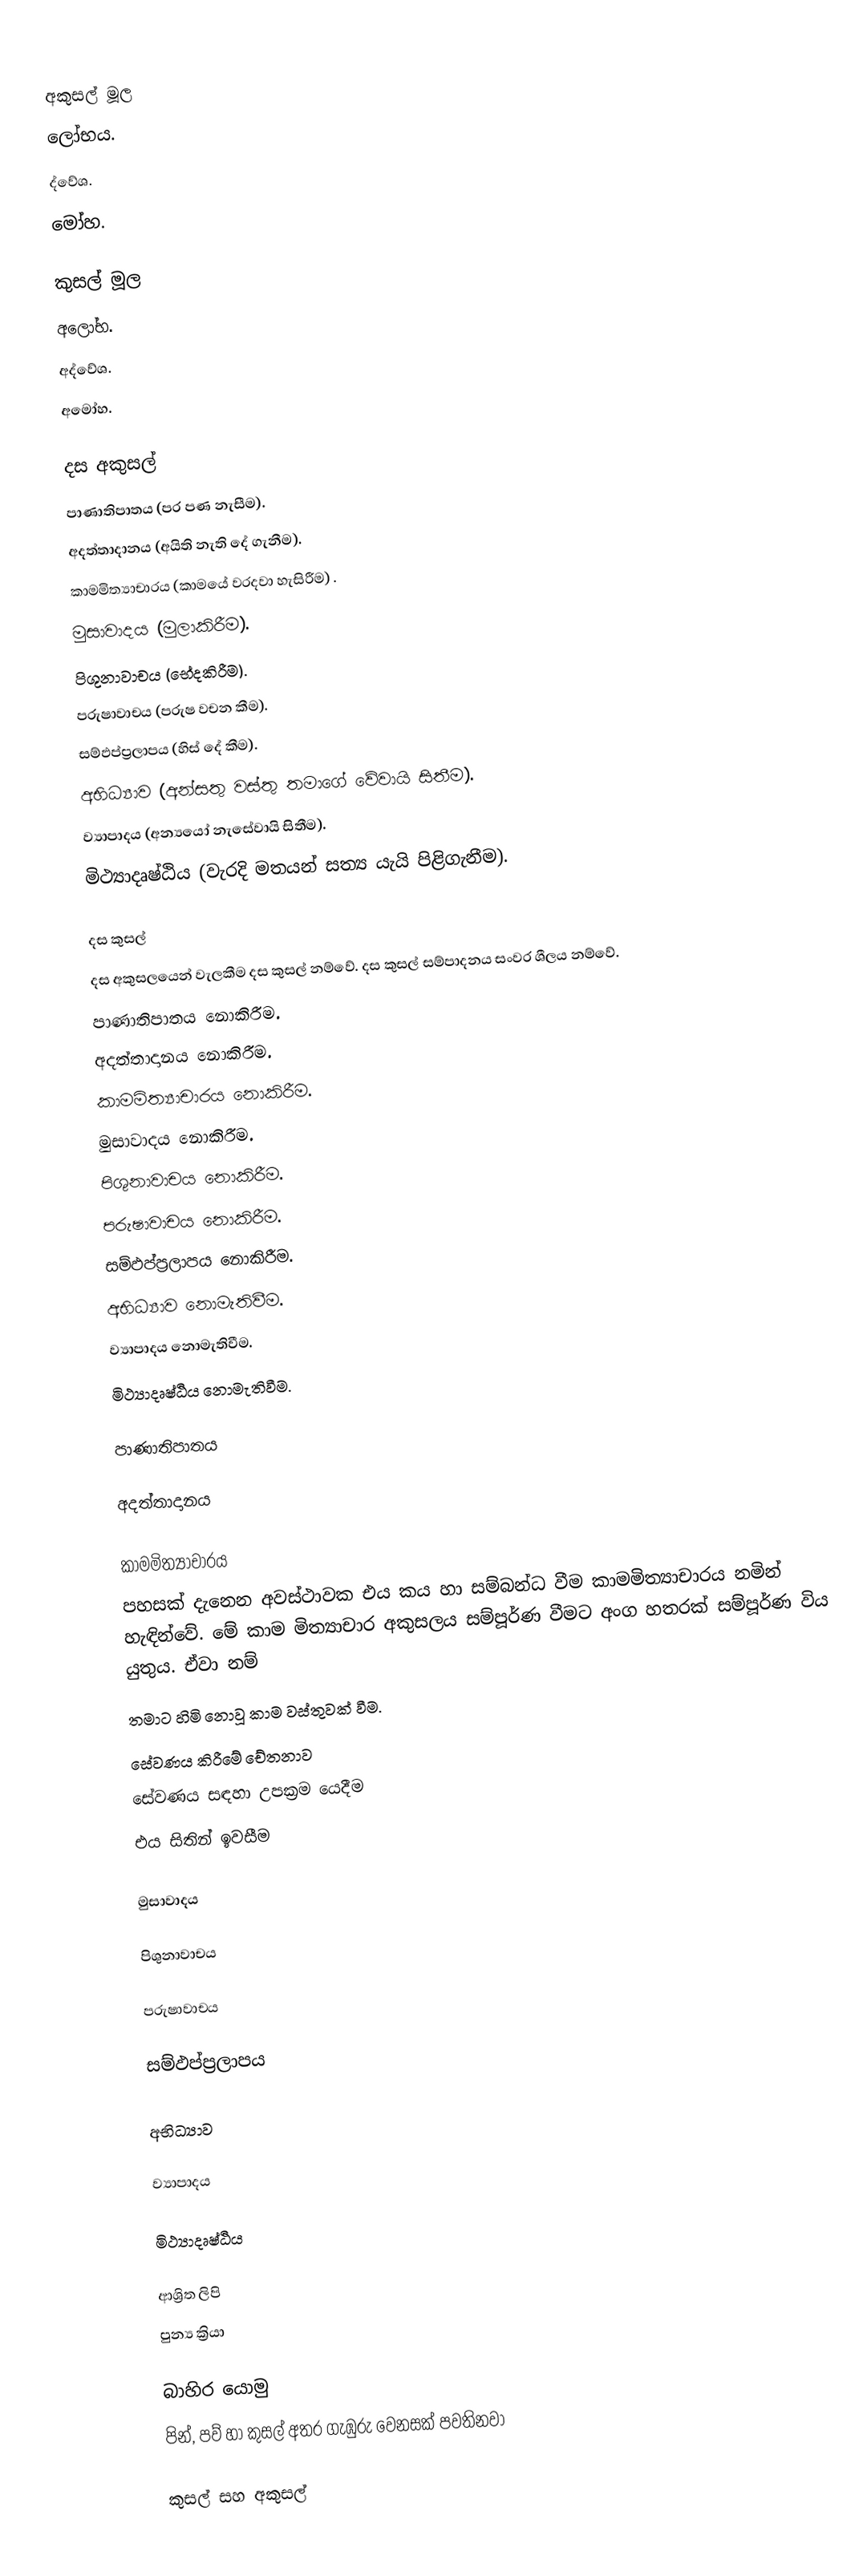

අකුසල් මූල
 ලෝභය.
 ද්වේශ.
 මෝහ.

කුසල් මූල
 අලෝභ.
 අද්වේශ.
 අමෝහ.

දස අකුසල්
 පාණාතිපාතය (පර පණ නැසීම).
 අදත්තාදානය (අයිති නැති දේ ගැනීම).
 කාමමිත්‍යාචාරය (කාමයේ වරදවා හැසිරීම) .
 මුසාවාදය (මුලාකිරීම).
 පිශුනාවාචය (භේදකිරීම).
 පරුෂාවාචය (පරුෂ වචන කීම).
 සම්ඵප්ප්‍රලාපය (හිස් දේ කීම).
 අභිධ්‍යාව (අන්සතු වස්තු තමාගේ වේවායි සිතීම).
 ව්‍යාපාදය (අන්‍යයෝ නැසේවායි සිතීම).
 මිථ්‍යාදෘෂ්ඨිය (වැරදි මතයන් සත්‍ය යැයි පිළිගැනීම).

දස කුසල්
දස අකුසලයෙන් වැලකීම දස කුසල් නම්වේ. දස කුසල් සම්පාදනය සංවර ශීලය නම්වේ.
 පාණාතිපාතය නොකිරීම.
 අදත්තාදානය නොකිරීම.
 කාමමිත්‍යාචාරය නොකිරීම.
 මුසාවාදය නොකිරීම.
 පිශුනාවාචය නොකිරීම.
 පරුෂාවාචය නොකිරීම.
 සම්ඵප්ප්‍රලාපය නොකිරීම.
 අභිධ්‍යාව නොමැතිවීම.
 ව්‍යාපාදය නොමැතිවීම.
 මිථ්‍යාදෘෂ්ඨිය නොමැතිවීම.

පාණාතිපාතය

අදත්තාදානය

කාමමිත්‍යාචාරය
පහසක් දැනෙන අවස්ථාවක එය කය හා සම්බන්ධ වීම කාමමිත්‍යාචාරය නමින් හැඳින්වේ. මේ කාම මිත්‍යාචාර අකුසලය සම්පූර්ණ වීමට අංග හතරක් සම්පූර්ණ විය යුතුය. ඒවා නම්
තමාට හිමි නොවූ කාම වස්තුවක් වීම.
සේවණය කිරීමේ චේතනාව
සේවණය සඳහා උපක්‍රම යෙදීම
එය සිතින් ඉවසීම

මුසාවාදය

පිශුනාවාචය

පරුෂාවාචය

සම්ඵප්ප්‍රලාපය

අභිධ්‍යාව

ව්‍යාපාදය

මිථ්‍යාදෘෂ්ඨිය

ආශ්‍රිත ලිපි
 පුන්‍ය ක්‍රියා

බාහිර යොමු
පින්, පව් හා කුසල් අතර ගැඹුරු වෙනසක් පවතිනවා

කුසල් සහ අකුසල්